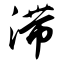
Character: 滞